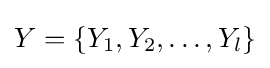
Y=\{Y_{1},Y_{2},\ldots ,Y_{l}\}